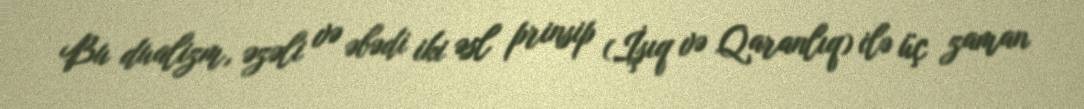
Bu dualizm, əzəli və əbədi iki əsl prinsip (İşıq və Qaranlıq) ilə üç zaman